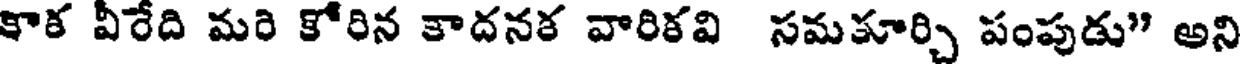
కాక వీరేది మరి కోరిన కాదనక వారికవి సమకూర్చి పంపుడు" అని